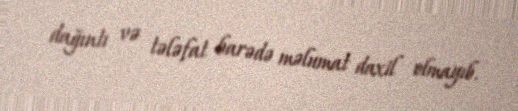
dağıntı və tələfat barədə məlumat daxil olmayıb.